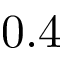
0 . 4